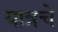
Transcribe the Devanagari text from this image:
यात्रचे